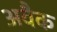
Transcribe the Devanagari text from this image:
अवैक